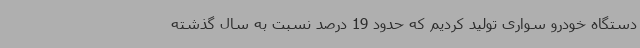
دستگاه خودرو سواری تولید کردیم که حدود 19 درصد نسبت به سال گذشته